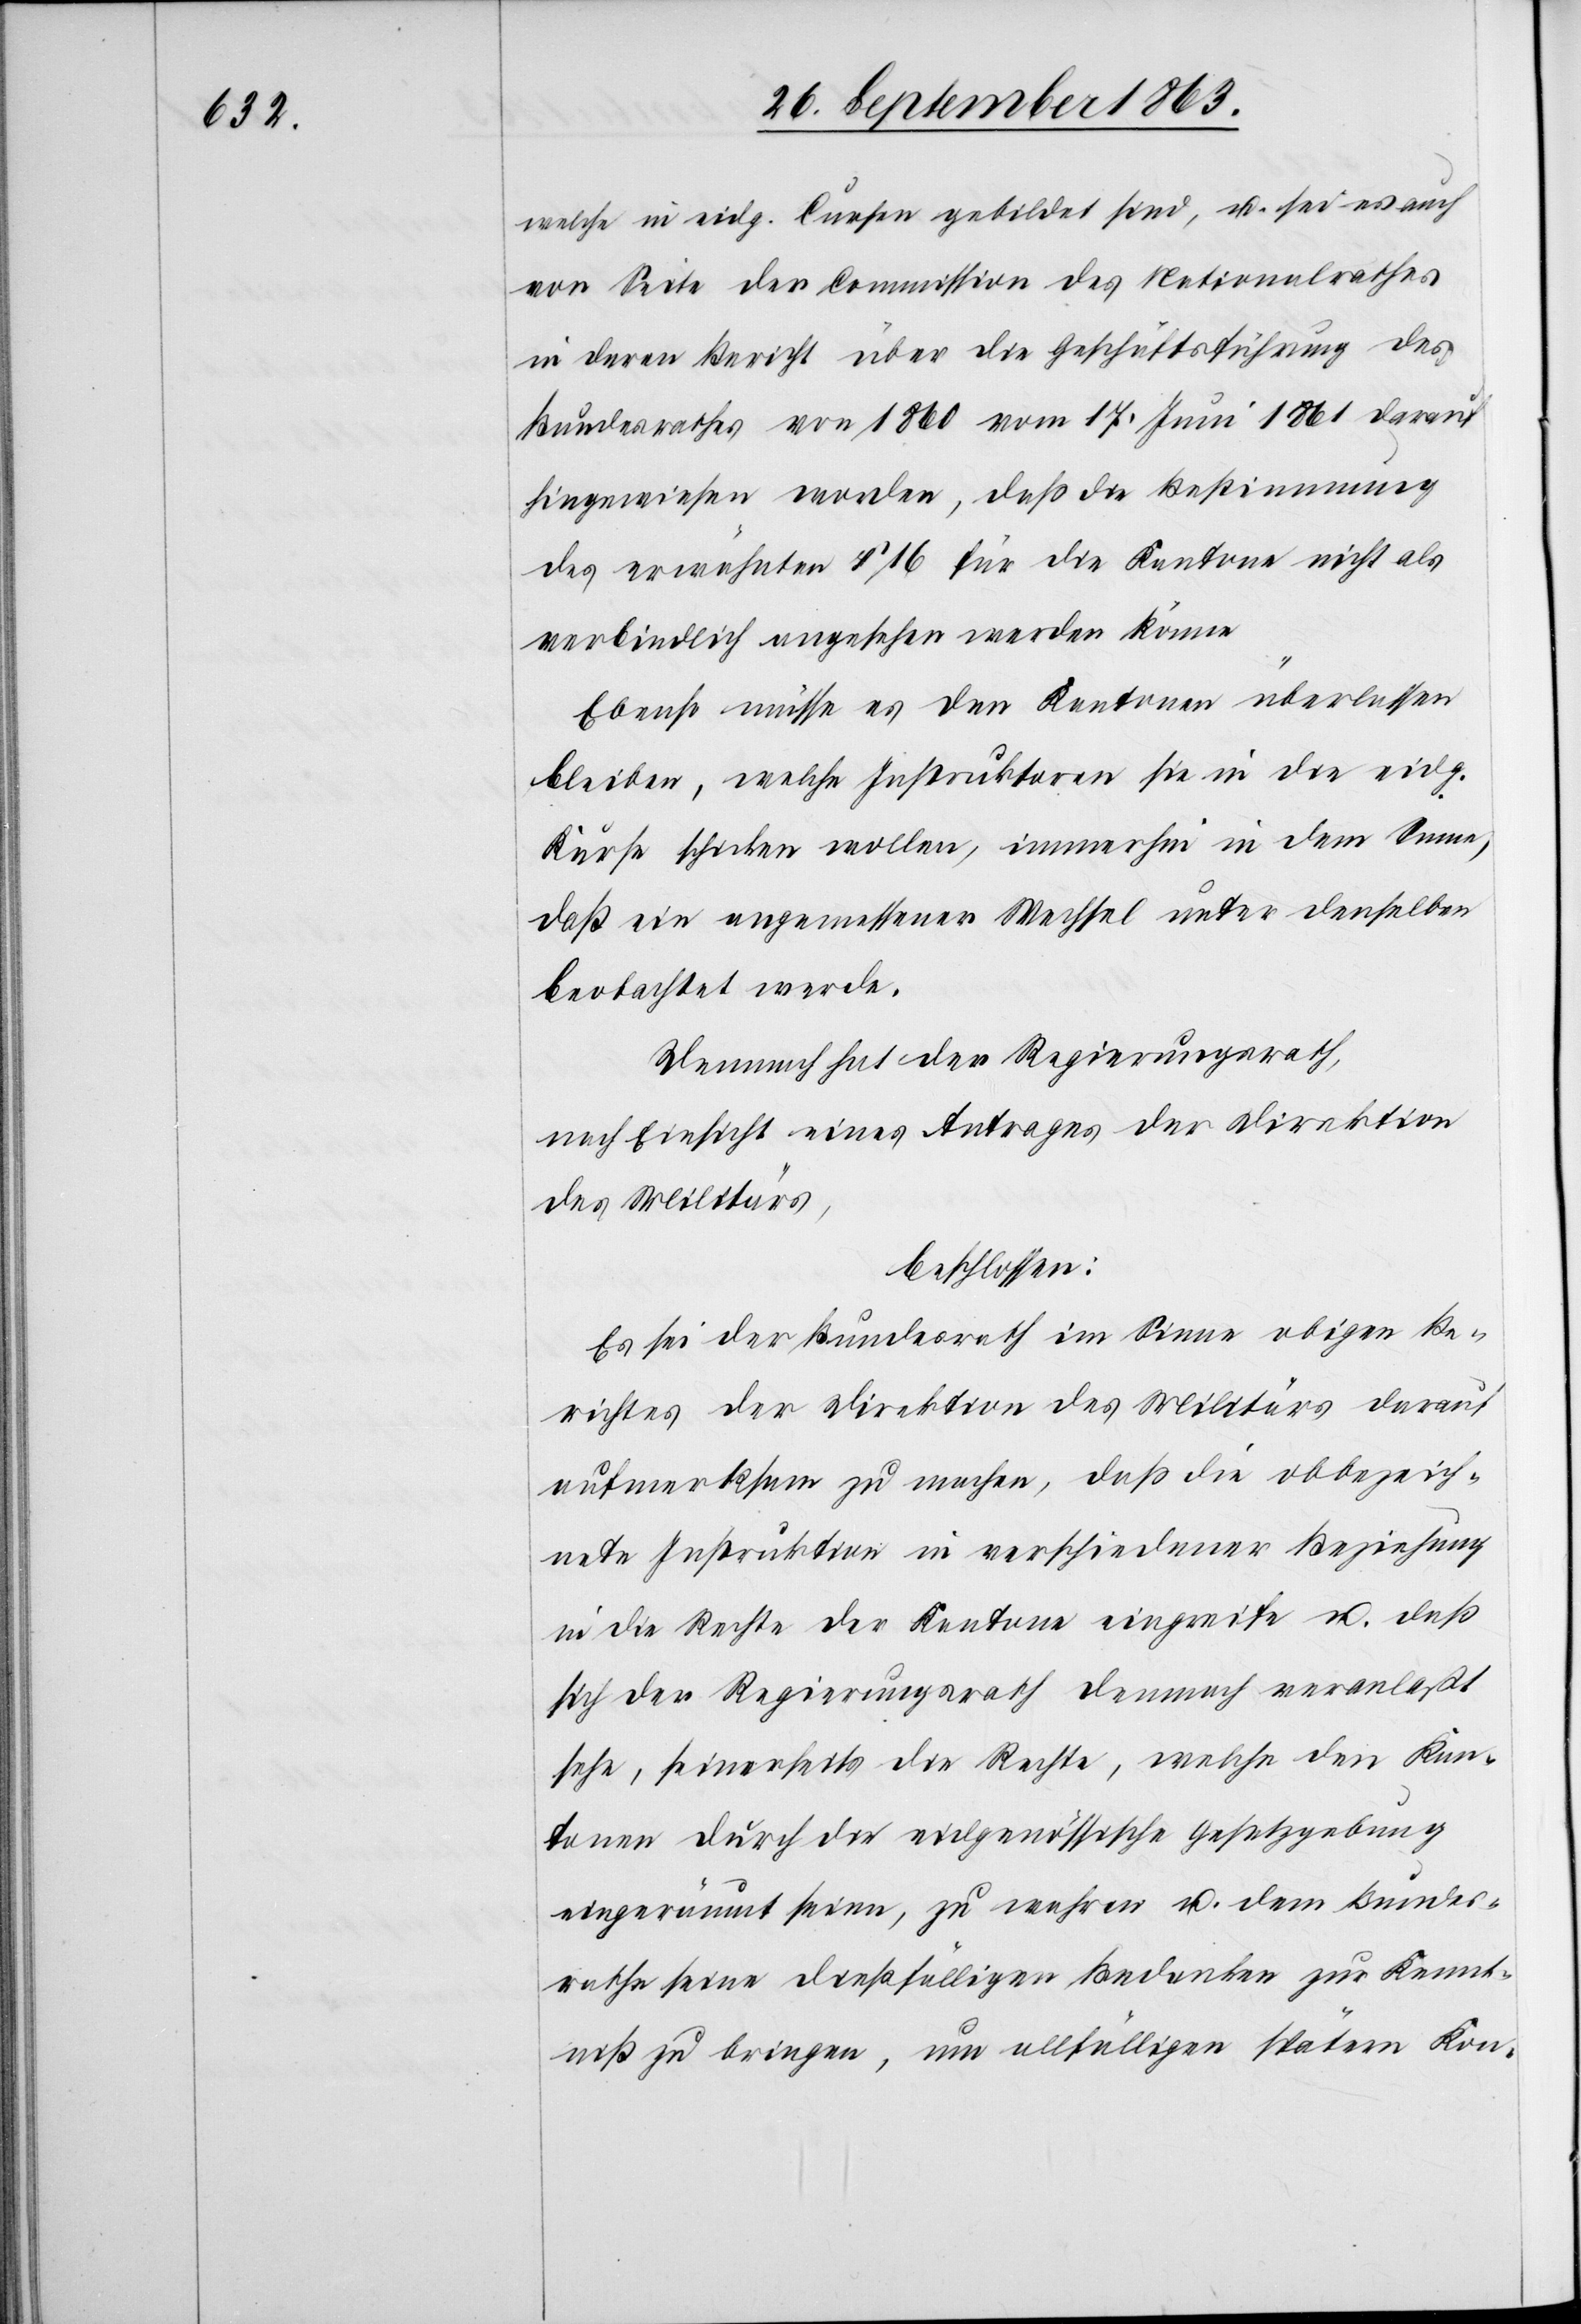
welche in eidg. Cursen gebildet sind, u. sei es auch
von Seite der Commission des Nationalrathes
in deren Bericht über die Geschäftsführung des
Bundesrathes von 1860 vom 17. Juni 1861 darauf
hingewiesen worden, daß die Bestimmung
des erwähnten § 16 für die Kantone nicht als
verbindlich angesehen werden könne[.]
Ebenso müsse es den Kantonen überlassen
bleiben, welche Instruktoren sie in die eidg.
Kurse schicken wollen, immerhin in dem Sinne,
daß ein angemessener Wechsel unter denselben
beobachtet werde.
Demnach hat der Regierungsrath,
nach Einsicht eines Antrages der Direktion
des Militärs,
beschlossen:
Es sei der Bundesrath im Sinne obigen Be¬
richtes der Direktion des Militärs darauf
aufmerksam zu machen, daß die obbezeich¬
nete Instruktion in verschiedener Beziehung
in die Rechte der Kantone eingreife u. daß
sich der Regierungsrath demnach veranlaßt
sehe, seinerseits die Rechte, welche den Kan¬
tonen durch die eidgenössische Gesetzgebung
eingeräumt seien, zu wahren u. dem Bundes¬
rathe seine dießfälligen Bedenken zur Kennt¬
niß zu bringen, um allfälligen spätern Kon-